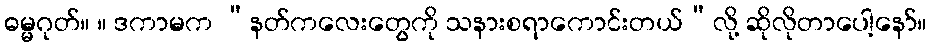
ဓမ္မဂုတ်။ ။ ဒကာမက “နတ်ကလေးတွေကို သနားစရာကောင်းတယ်”လို့ ဆိုလိုတာပေါ့နော်။